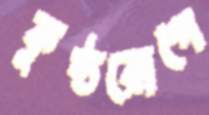
কুষ্ঠরোগে